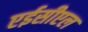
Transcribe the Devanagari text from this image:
एईसीएल